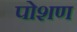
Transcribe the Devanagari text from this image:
पोशण